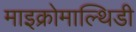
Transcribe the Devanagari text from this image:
माइक्रोमाल्थिडी